Report on vaccination in Madras 1895-1903 - 1895-1903
Year: 1895
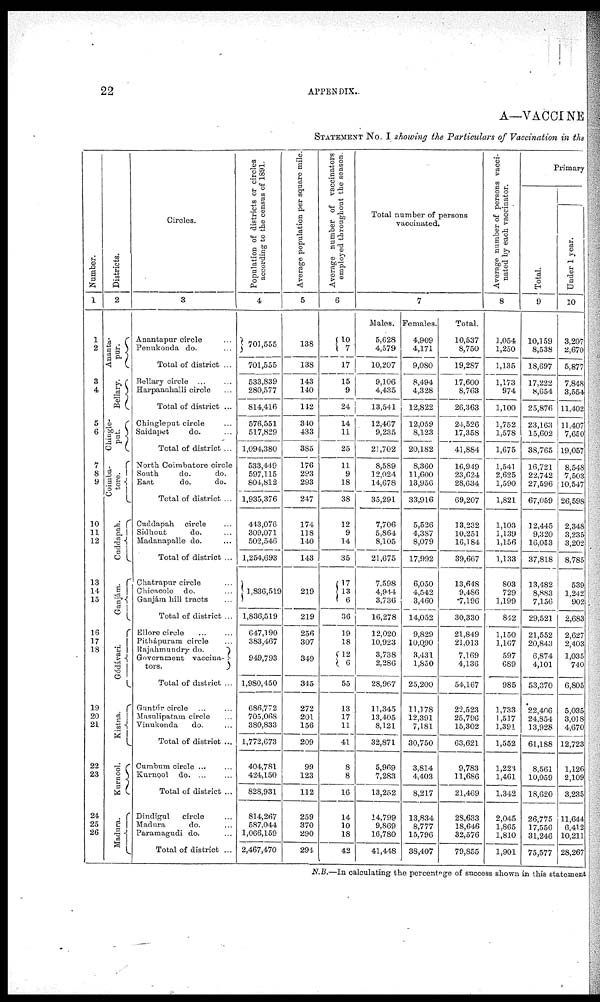
22
APPENDIX.
A—VACCINE
STATEMENT No. I showing the Particulars of Vaccination in the
Number.
1
1
2
3
4
5
6
7
8
9
10
11
12
13
14
15
16
17
18
19
20
21
22
23
24
25
26
Districts.
2
Ananta-
pur.
Bellary.
Chingle-
put.
Coimba-
tore.
Cuddapah.
Ganjám.
Gódávari.
Kistna.
Kurnool.
Madura.
Circles.
3
Anantapur circle ...
Penukonda do. ...
Total of district ...
Bellary circle ... ...
Harpanahalli circle ...
Total of district ...
Chingleput circle ...
Saidapet
do. ...
Total of district ...
North Coimbatore circle
South
do.
do.
East
do.
do.
Total of district ...
Cuddapah circle ...
Sidhout
do. ...
Madanapalle do. ...
Total of district ...
Chatrapur circle ...
Chicacole do. ...
Ganjám hill tracts ...
Total of district ...
Ellore circle ... ...
Pithápuram circle ...
Rajahtnundry do.
Government vaccina-
tors.
Total of district ...
Guntúr circle ... ...
Masulipatam circle ...
Vinukonda
do. ...
Total of district ...
Cumbum circle ... ...
Kurnool do. ... ...
Total of district ...
Dindigul
circle ...
Madura
do. ...
Paramagudi do. ...
Total of district ...
Population of districts or circles
according to the census of 1891.
4
701,555
701,555
533,839
280,577
814,416
576,551
517,829
1,094,380
533,449
597,115
804,812
1,935,376
443,076
309,071
502,546
1,254,693
1,836,519
1,836,519
647,190
383,467
949,793
1,980,450
686,772
705,068
380,833
1,772,673
404,781
424,150
828,931
814,267
587,044
1,066,159
2,467,470
Average population per square mile.
5
138
138
143
140
142
340
433
385
176
293
293
247
174
118
140
143
219
219
256
307
349
345
272
201
156
209
99
123
112
259
370
290
294
Average number of vaccinators
employed throughout the season.
6
10
7
17
15
9
24
14
11
25
11
9
18
38
12
9
14
35
17
13
6
36
19
18
12
6
55
13
17
11
41
8
8
16
14
10
18
42
Total number of persons
vaccinated.
7
Males.
5,628
4,579
10,207
9,106
4,435
13,541
12,467
9,235
21,702
8,589
12,024
14,678
35,291
7,706
5,864
8,105
21,675
7,598
4,944
3,736
16,278
12,020
10,923
3,738
2,286
28,967
11,345
13,405
8,121
32,871
5,969
7,283
13,252
14,799
9,869
16,780
41,448
Females.
4,909
4,171
9,080
8,494
4,328
12,822
12,059
8,123
20,182
8,360
11,600
13,956
33,916
5,526
4,387
8,079
17,992
6,050
4,542
3,460
14,052
9,829
10,090
3,431
1,850
25,200
11,178
12,391
7,181
30,750
3,814
4,403
8,217
13,834
8,777
15,796
38,407
Total.
10,537
8,750
19,287
17,600
8,763
26,363
24,526
17,358
41,884
10,949
23,624
28,634
69,207
13,232
10,251
16,184
39,667
13,648
9,486
7,196
30,330
21,849
21,013
7,169
4,136
54,167
22,523
25,796
15,302
63,621
9,783
11,686
21,469
28,633
18,646
32,576
79,855
Average number of persons vacci-
nated by each vaccinator.
8
1,054
1,250
1,135
1,173
974
1,100
1,752
1,578
1,675
1,541
2,625
1,590
1,821
1,103
1,139
1,156
1,133
803
729
1,199
842
1,150
1,167
597
689
985
1,733
1,517
1,391
1,552
1,223
1,461
1,342
2,045
1,865
1,810
1,901
Primary
Total.
9
10,159
8,538
18,697
17,222
8,654
25,876
23,163
15,602
38,765
16,721
22,742
27,596
67,059
12,445
9,320
16,053
37,818
13,482
8,883
7,156
29,521
21,552
20,843
6,874
4,101
53,370
22,406
24,854
13,928
61,188
8,561
10,059
18,620
26,775
17,556
31,246
75,577
Under 1 year.
10
3,207
2,670
5,877
7,848
3,554
11,402
11,407
7,650
19,057
8,548
7,503
10,547
26,598
2,348
3,235
3,202
8,785
539
1,242
902
2,683
2,627
2,403
1,035
740
6,805
5,035
3,018
4,670
12,723
1,126
2,109
3,235
11,644
6,412
10,211
28,267
N.B.—In calculating the percentage of success shown in this statement